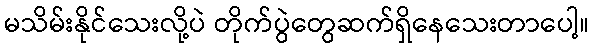
မသိမ်းနိုင်သေးလို့ပဲ တိုက်ပွဲတွေဆက်ရှိနေသေးတာပေါ့။